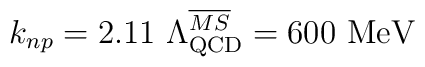
k_{np}=2.11\ \Lambda^{\overline{MS}}_{\rm QCD}=600\ {\rm MeV}